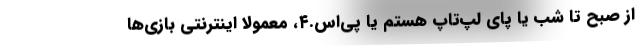
از صبح تا شب یا پای لپ‌تاپ هستم یا پی‌اس.۴، معمولا اینترنتی بازی‌ها